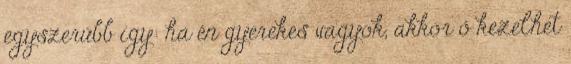
egyszerűbb így: ha én gyerekes vagyok, akkor ő kezelhet